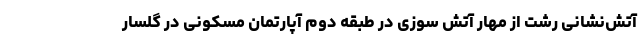
آتش‌نشانی رشت از مهار آتش سوزی در طبقه دوم آپارتمان مسکونی در گلسار